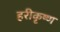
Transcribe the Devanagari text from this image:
हरीकृष्ण